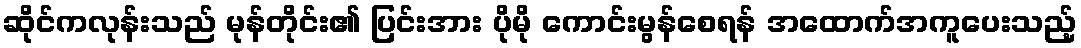
ဆိုင်ကလုန်းသည် မုန်တိုင်း၏ ပြင်းအား ပိုမို ကောင်းမွန်စေရန် အထောက်အကူပေးသည့်